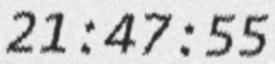
21:47:55